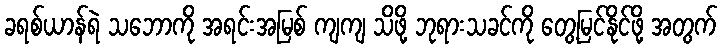
ခရစ်ယာန်ရဲ သဘောကို အရင်းအမြစ် ကျကျ သိဖို့ ဘုရားသခင်ကို တွေ့မြင်နိုင်ဖို့ အတွက်